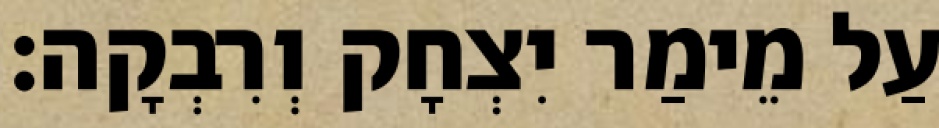
עַל מֵימַר יִצְחָק וְרִבְקָה׃